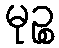
မုဉ္စ